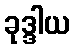
ခုဒ္ဒါယ